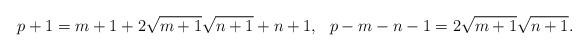
LaTeX: \begin{align*}p+1=m+1+2\sqrt{m+1}\sqrt{n+1}+n+1,~~p-m-n-1=2\sqrt{m+1}\sqrt{n+1}.\end{align*}